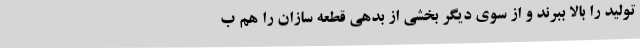
تولید را بالا ببرند و از سوی دیگر بخشی از بدهی قطعه سازان را هم ب